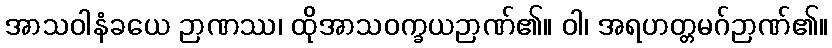
အာသဝါနံခယေ ဉာဏဿ၊ ထိုအာသဝက္ခယဉာဏ်၏။ ဝါ၊ အရဟတ္တမဂ်ဉာဏ်၏။